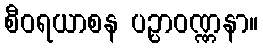
စီဝရယာစန ပဉ္ပာဝဏ္ဏနာ။